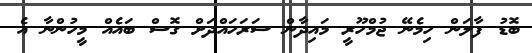
ބޮޑު ފާލަން ހިމެނޭ ޖުމްހޫރީ މައިދާން ސަރަހައްދަށް ގޮސް ބައެއް މީހުންނާ އެ